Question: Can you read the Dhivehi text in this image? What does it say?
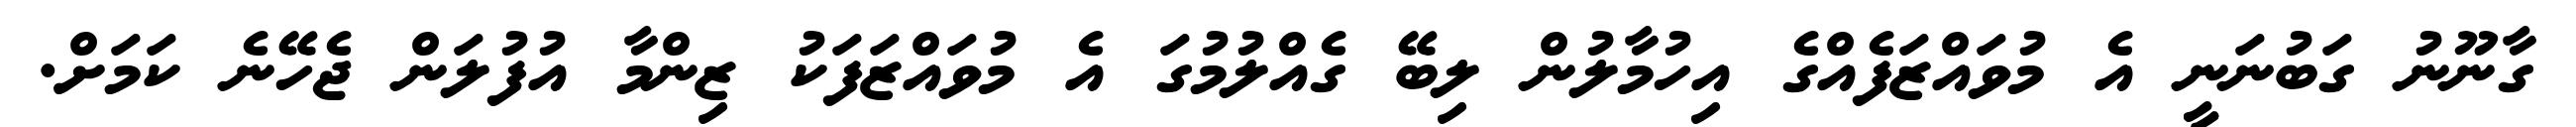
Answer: ގާނޫނު ގަބުނަނީ އެ މުވައްޒަފެއްގެ އިހުމާލުން ލިބޭ ގެއްލުމުގަ އެ މުވައްޒަފަކު ޒިންމާ އުފުލަން ޖެހޭނެ ކަމަށް.